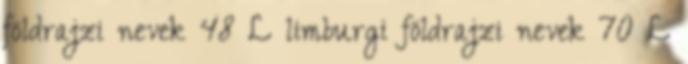
földrajzi nevek‎ 48 L limburgi földrajzi nevek‎ 70 L